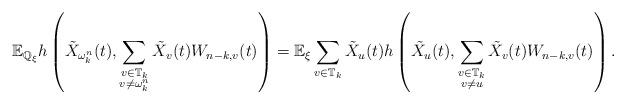
LaTeX: \begin{align*}\mathbb{E}_{\mathbb{Q}_\xi}h\left(\tilde X_{\omega_k^n}(t), \sum_{\substack{v\in\mathbb T_k\\ v\neq\omega_k^n}}\tilde X_v(t)W_{n-k,v}(t)\right)=\mathbb{E}_\xi\sum_{v\in\mathbb T_k}\tilde X_u(t)h\left(\tilde X_{u}(t), \sum_{\substack{v\in\mathbb T_k\\v\neq u}}\tilde X_v(t)W_{n-k,v}(t)\right).\end{align*}